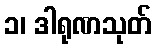
၁၊ ဒါရုဏသုတ်